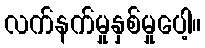
လက်နက်မှုနှစ်မှုပေါ့။